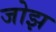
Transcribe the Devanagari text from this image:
जोझ